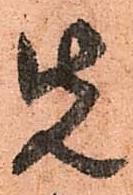
先